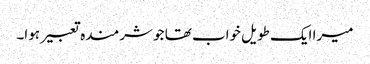
میرا ایک طویل خواب تھا جو شرمندہ تعبیر ہوا۔